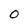
Character: 0